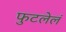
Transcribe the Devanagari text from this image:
फुटलेलं